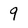
Character: 9